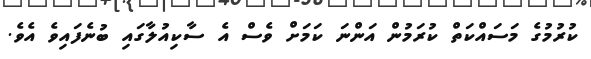
ކުރުމުގެ މަސައްކަތް ކުރަމުން އަންނަ ކަމަށް ވެސް އެ ސާކިއުލާގައި ބުނެފައިވެ އެވެ.